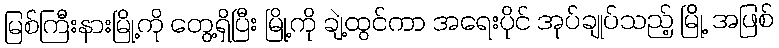
မြစ်ကြီးနားမြို့ကို တွေ့ရှိပြီး မြို့ကို ချဲ့ထွင်ကာ အရေးပိုင် အုပ်ချုပ်သည့် မြို့ အဖြစ်